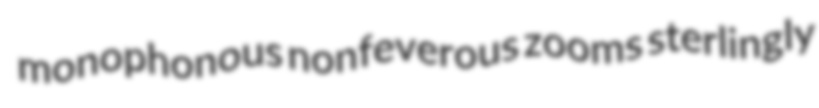
monophonous nonfeverous zooms sterlingly